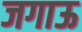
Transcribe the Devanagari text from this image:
जगाऊ